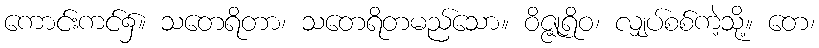
ကောင်းကင်၌။ သတေရိတာ၊ သတေရိတမည်သော။ ဝိဇ္ဇုရိဝ၊ လျှပ်စစ်ကဲ့သို့။ တေ၊